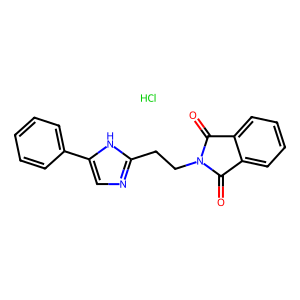
SMILES: Cl.O=C1c2ccccc2C(=O)N1CCc1ncc(-c2ccccc2)[nH]1
Inhibits HIV replication: No